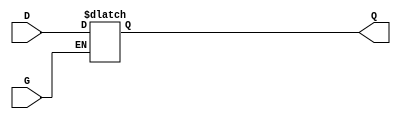
module GatedTransparentLatch (
    input wire D,  // Data input
    input wire G,  // Gate control signal
    output reg Q   // Output
);

always @(*) begin
    if (G) begin
        Q = D;  // When G is high, output follows input
    end
    // When G is low, Q retains its last value (hold state)
end

endmodule